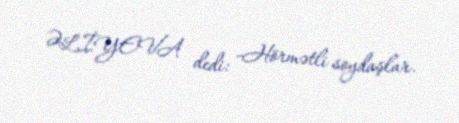
ƏLİYEVA dedi: -Hörmətli soydaşlar.